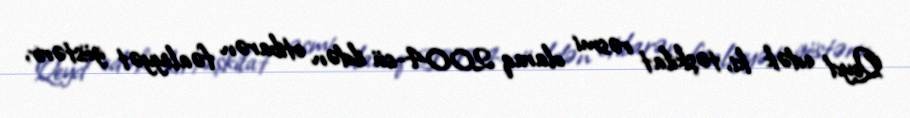
Qeyd edək ki, təşkilat rəsmi olaraq 2004-cü ildən etibarən fəaliyyət göstərir,